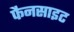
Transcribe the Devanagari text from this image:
फैनसाइट